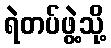
ရဲတပ်ဖွဲ့သို့